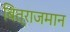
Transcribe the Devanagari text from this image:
बित्राजमान